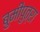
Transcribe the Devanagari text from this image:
बुमीपुत्रा